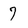
Character: 7